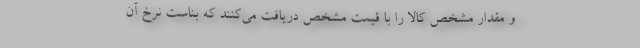
و مقدار مشخص کالا را با قیمت مشخص دریافت می‌کنند که بناست نرخ آن